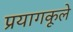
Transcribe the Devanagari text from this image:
प्रयागकूले